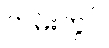
တမ်းတွင်